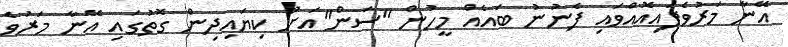
އޭނާ މަރުވެފައިއޮއްވައި ފެނުނު ބައެއް މީހުން "ސަން"އަށް ކިޔައިދިން ގޮތުގައި އޭނާ މަރުވެ